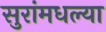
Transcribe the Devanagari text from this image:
सुरांमधल्या